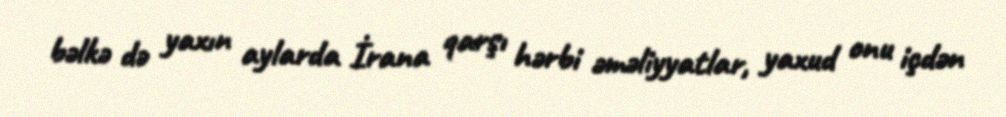
bəlkə də yaxın aylarda İrana qarşı hərbi əməliyyatlar, yaxud onu içdən